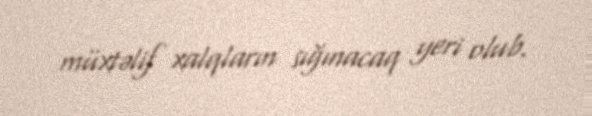
müxtəlif xalqların sığınacaq yeri olub.